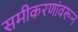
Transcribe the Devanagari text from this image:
समीकरणांवरून